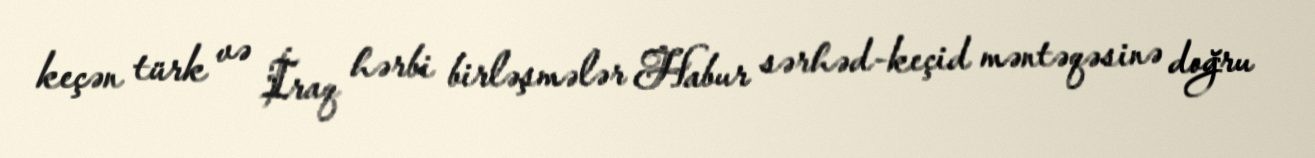
keçən türk və İraq hərbi birləşmələr Habur sərhəd-keçid məntəqəsinə doğru